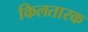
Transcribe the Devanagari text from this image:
किलतारक